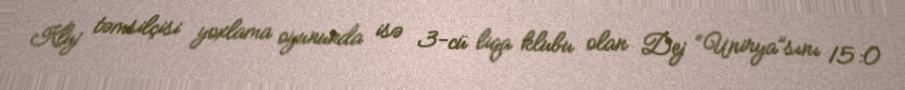
Kluj təmsilçisi yoxlama oyununda isə 3-cü liqa klubu olan Dej “Unirya”sını 15:0